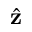
\hat { \bf z }